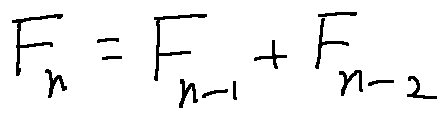
F _ { n } = F _ { n - 1 } + F _ { n - 2 }